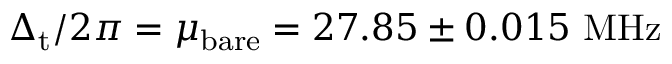
\Delta _ { \mathrm { t } } / 2 \pi = \mu _ { \mathrm { b a r e } } = 2 7 . 8 5 \pm 0 . 0 1 5 ~ \mathrm { M H z }